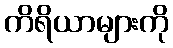
ကိရိယာများကို